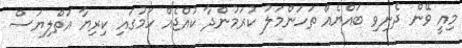
މިއީ ވޭން ދެނިވި ބައްޔެއް ތަހަންމަލު ކުރަމުންދާ ކުއްޖެއް ހަމުގައި ކިރިޔާ އަތްލިޔަސް